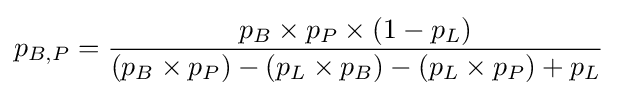
p_{B,P}={\frac {p_{B}\times p_{P}\times (1-p_{L})}{(p_{B}\times p_{P})-(p_{L}\times p_{B})-(p_{L}\times p_{P})+p_{L}}}